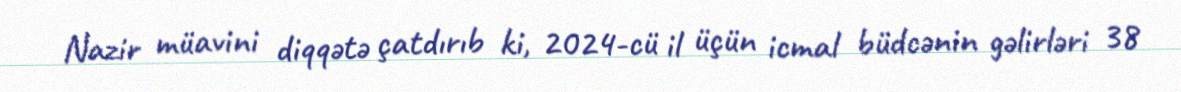
Nazir müavini diqqətə çatdırıb ki, 2024-cü il üçün icmal büdcənin gəlirləri 38